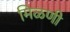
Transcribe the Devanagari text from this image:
मिळणी